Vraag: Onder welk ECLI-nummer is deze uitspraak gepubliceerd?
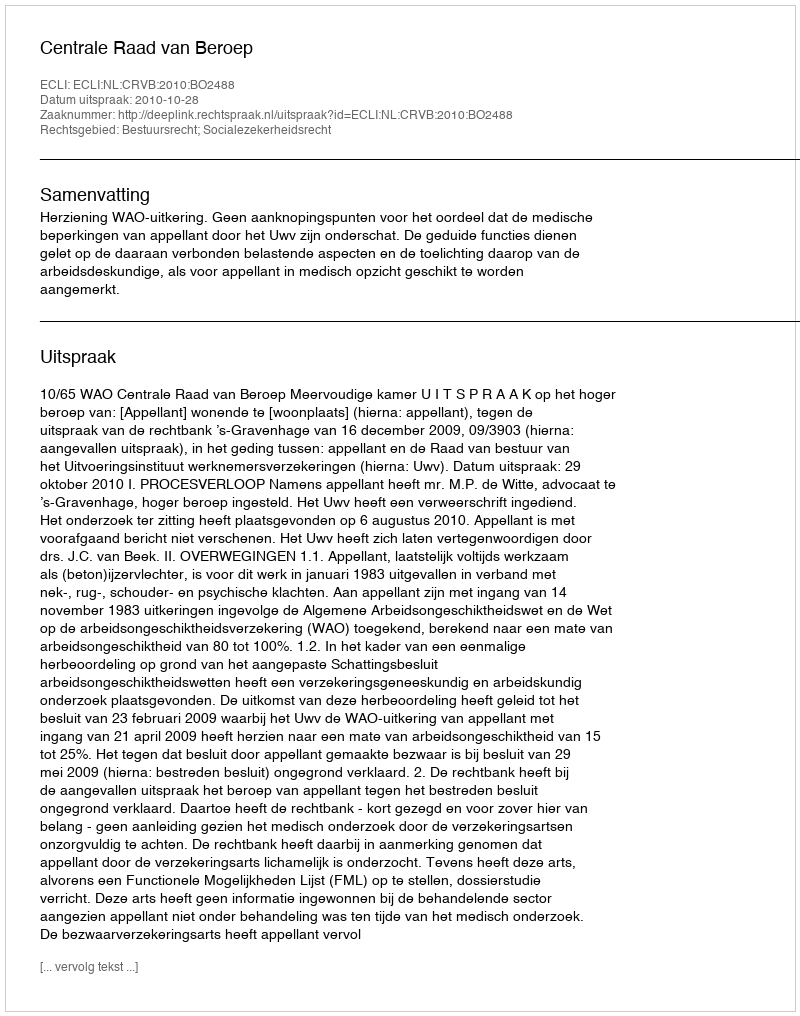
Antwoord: ECLI:NL:CRVB:2010:BO2488